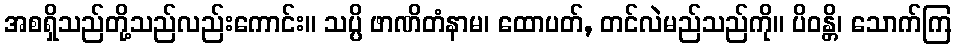
အစရှိသည်တို့သည်လည်းကောင်း။ သပ္ပိ ဖာဏိတံနာမ၊ ထောပတ်, တင်လဲမည်သည်ကို။ ပိဝန္တိ၊ သောက်ကြ